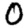
Digit: 0